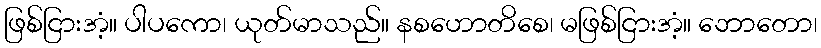
ဖြစ်ငြားအံ့။ ပါပကော၊ ယုတ်မာသည်။ နစဟောတိစေ၊ မဖြစ်ငြားအံ့။ ဘောတော၊